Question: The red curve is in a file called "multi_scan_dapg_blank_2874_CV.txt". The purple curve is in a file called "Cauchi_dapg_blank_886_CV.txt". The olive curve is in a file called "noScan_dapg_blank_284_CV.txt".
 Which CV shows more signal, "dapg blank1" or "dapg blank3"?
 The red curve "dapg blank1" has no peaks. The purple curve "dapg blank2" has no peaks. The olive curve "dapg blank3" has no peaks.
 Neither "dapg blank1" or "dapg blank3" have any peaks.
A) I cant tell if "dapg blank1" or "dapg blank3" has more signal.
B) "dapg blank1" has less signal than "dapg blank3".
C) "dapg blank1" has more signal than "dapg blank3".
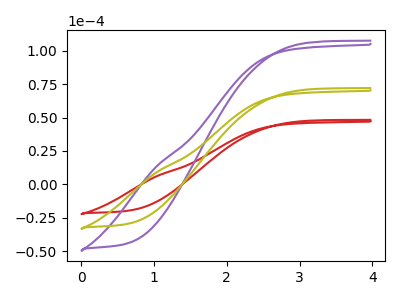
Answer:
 <answer>A) I cant tell if "dapg blank1" or "dapg blank3" has more signal.</answer>
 <eval>A</eval>